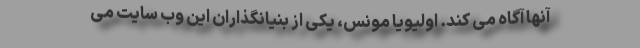
آنها آگاه می کند. اولیویا مونس، یکی از بنیانگذاران این وب سایت می